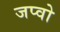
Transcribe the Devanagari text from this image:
जप्वो